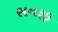
સનરૂફ